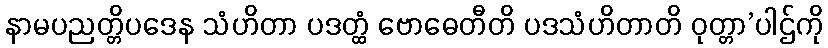
နာမပညတ္တိပဒေန သံဟိတာ ပဒတ္ထံ ဗောဓေတီတိ ပဒသံဟိတာတိ ဝုတ္တာ’ပါဌ်ကို